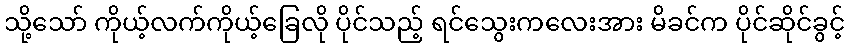
သို့သော် ကိုယ့်လက်ကိုယ့်ခြေလို ပိုင်သည့် ရင်သွေးကလေးအား မိခင်က ပိုင်ဆိုင်ခွင့်